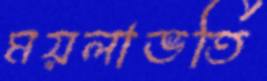
ময়লাভর্তি